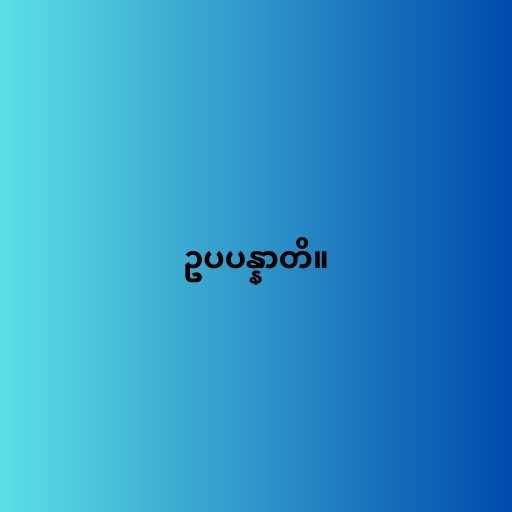
ဥပပန္နာတိ။